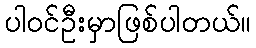
ပါဝင်ဦးမှာဖြစ်ပါတယ်။